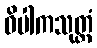
ဝိပါကသုတ္တံ